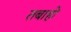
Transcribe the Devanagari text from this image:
तबाहो